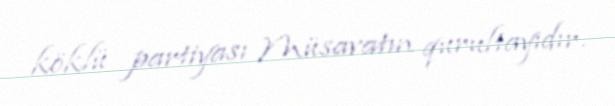
köklü partiyası Müsavatın qurultayıdır.